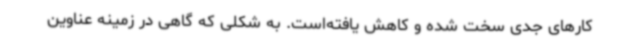
کارهای جدی سخت شده و کاهش یافته‌است. به شکلی که گاهی در زمینه عناوین